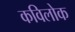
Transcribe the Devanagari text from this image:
कविलोक